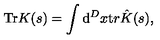
{ \mathrm { T r } } K ( s ) = \int { \mathrm d } ^ { D } x { \mathrm t r } \hat { K } ( s ) ,